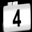
Digit: 4